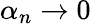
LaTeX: \textstyle\alpha_{n}\rightarrow 0